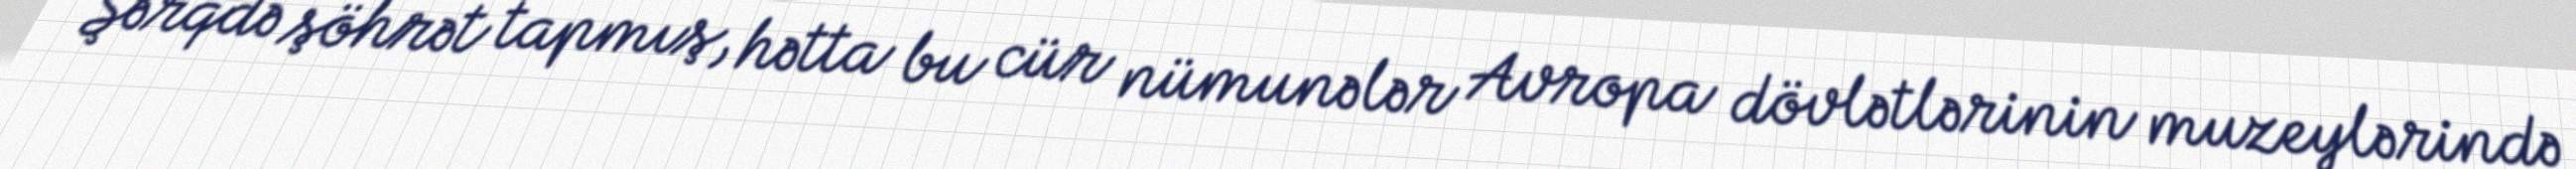
Şərqdə şöhrət tapmış, hətta bu cür nümunələr Avropa dövlətlərinin muzeylərində